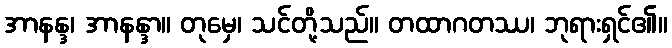
အာနန္ဒ၊ အာနန္ဒာ။ တုမှေ၊ သင်တို့သည်။ တထာဂတဿ၊ ဘုရားရှင်၏။